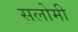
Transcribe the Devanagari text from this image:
सलोमी